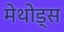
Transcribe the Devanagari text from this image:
मेथोड्स